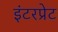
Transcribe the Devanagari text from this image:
इंटरप्रेट